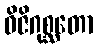
ဝိဇိဂုစ္ဆတော